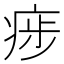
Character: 㾟